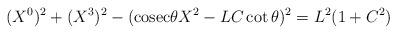
LaTeX: \begin{align*}(X^0)^2 + (X^3)^2 - (\mathrm{cosec}\theta X^2 - LC\cot\theta )^2 = L^2( 1 + C^2 )\end{align*}